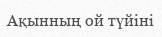
Ақынның ой түйіні